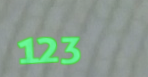
123